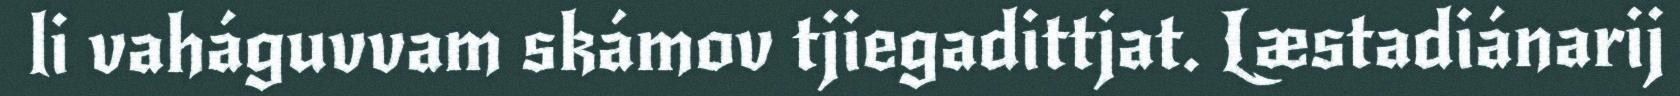
li vaháguvvam skámov tjiegadittjat. Læstadiánarij